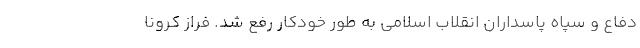
دفاع و سپاه پاسداران انقلاب اسلامی به طور خودکار رفع شد. فراز کرونا